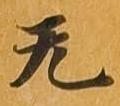
无